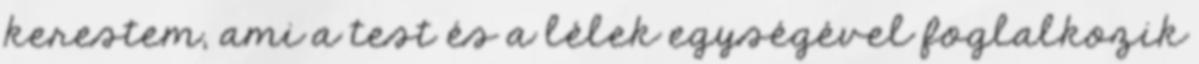
kerestem, ami a test és a lélek egységével foglalkozik